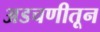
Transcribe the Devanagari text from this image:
अडचणीतून